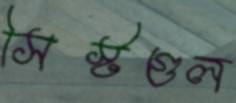
সিস্টগুল